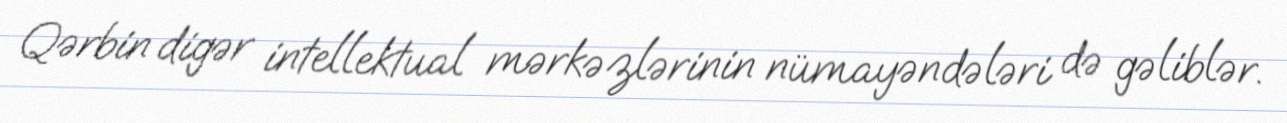
Qərbin digər intellektual mərkəzlərinin nümayəndələri də gəliblər.